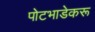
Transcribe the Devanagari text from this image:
पोटभाडेकरू